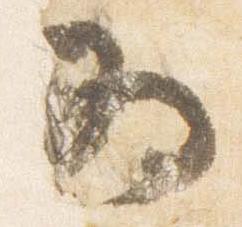
為